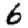
Digit: 6